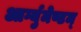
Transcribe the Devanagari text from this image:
आर्ग्युमेण्टम्